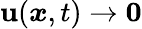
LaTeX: \boldsymbol{\mathbf{u}}(\boldsymbol{x},t)\rightarrow\boldsymbol{0}